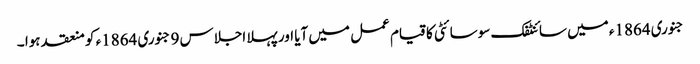
جنوری 1864ء میں سائنٹفک سوسائٹی کا قیام عمل میں آیا اور پہلا اجلاس 9 جنوری 1864ء کو منعقد ہوا ۔